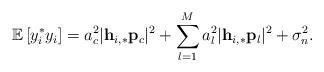
LaTeX: \begin{align*} \mathbb{E}\left[y_i^* y_i\right]=a_c^2\lvert\mathbf{h}_{i,*}\mathbf{p}_c\rvert^2+\sum_{l=1}^M a_l^2\lvert\mathbf{h}_{i,*}\mathbf{p}_l\rvert^2+\sigma_n^2.\end{align*}